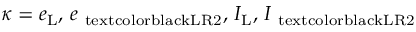
\kappa = e _ { \mathrm { L } } , \, e _ { \mathrm { \ t e x t c o l o r { b l a c k } { L R 2 } } } , \, I _ { \mathrm { L } } , \, I _ { \mathrm { \ t e x t c o l o r { b l a c k } { L R 2 } } }